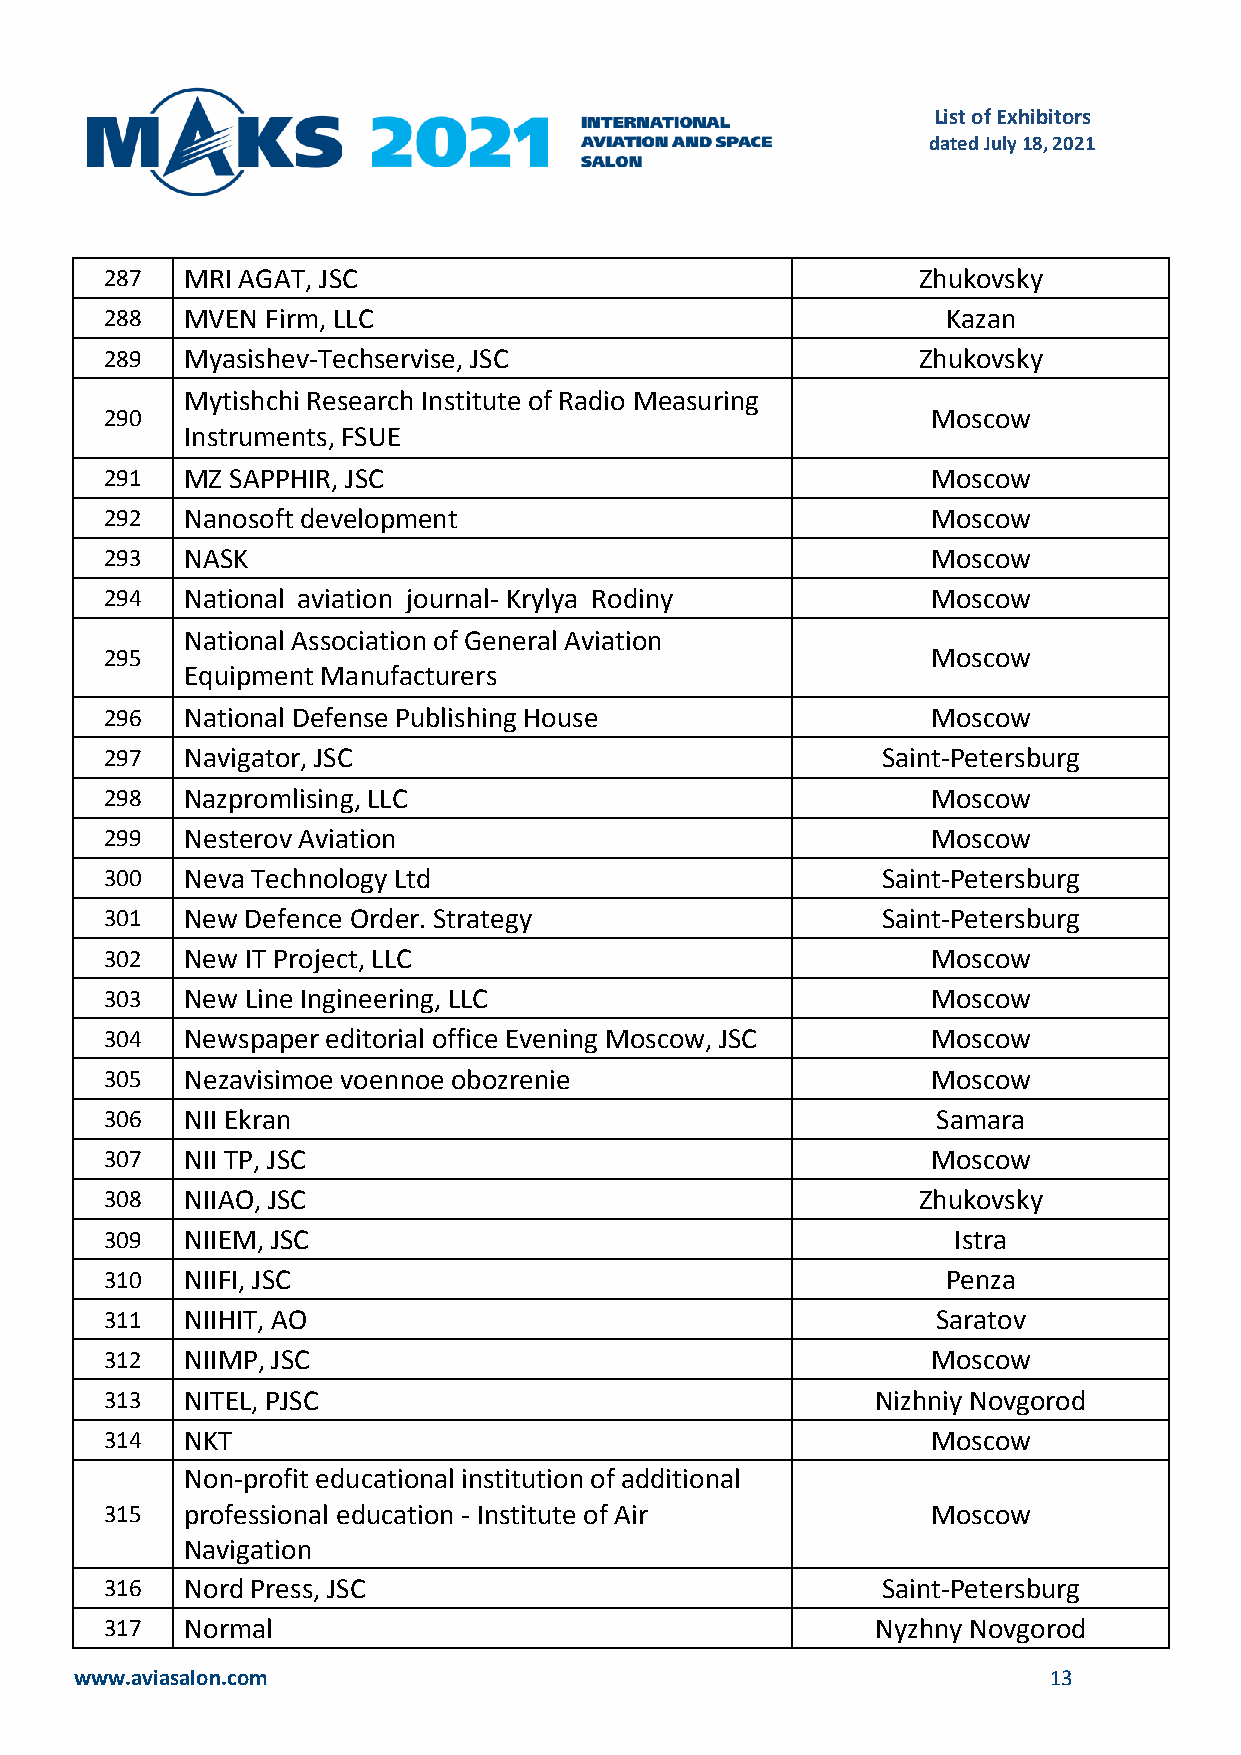
List of Exhibitors
 dated July 18, 2021
 287  MRI AGAT, JSC                                    Zhukovsky
 288  MVEN  Firm, LLC                                    Kazan
 289  Myasishev-Techservise, JSC                       Zhukovsky
 Mytishchi Research Institute of Radio Measuring
 290                                                    Moscow
 Instruments, FSUE
 291  MZ SAPPHIR, JSC                                   Moscow
 292  Nanosoft development                              Moscow
 293  NASK                                              Moscow
 294  National aviation journal- Krylya Rodiny          Moscow
 National Association of General Aviation
 295                                                    Moscow
 Equipment Manufacturers
 296  National Defense Publishing House                 Moscow
 297  Navigator, JSC                                Saint-Petersburg
 298  Nazpromlising, LLC                                Moscow
 299  Nesterov Aviation                                 Moscow
 300  Neva Technology Ltd                           Saint-Petersburg
 301  New Defence Order. Strategy                   Saint-Petersburg
 302  New IT Project, LLC                               Moscow
 303  New Line Ingineering, LLC                         Moscow
 304  Newspaper editorial office Evening Moscow, JSC    Moscow
 305  Nezavisimoe voennoe obozrenie                     Moscow
 306  NII Ekran                                         Samara
 307  NII TP, JSC                                       Moscow
 308  NIIAO, JSC                                       Zhukovsky
 309  NIIEM, JSC                                         Istra
 310  NIIFI, JSC                                         Penza
 311  NIIHIT, AO                                        Saratov
 312  NIIMP, JSC                                        Moscow
 313  NITEL, PJSC                                   Nizhniy Novgorod
 314  NKT                                               Moscow
 Non-profit educational institution of additional
 315  professional education - Institute of Air         Moscow
 Navigation
 316  Nord Press, JSC                               Saint-Petersburg
 317  Normal                                        Nyzhny Novgorod
 www.aviasalon.com                                               13